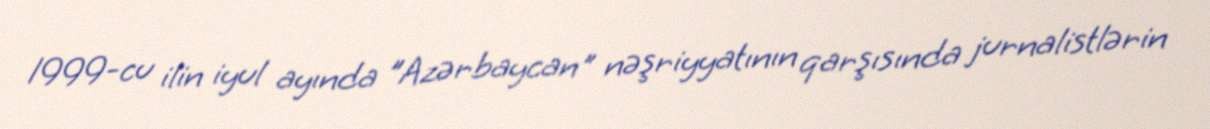
1999-cu ilin iyul ayında "Azərbaycan" nəşriyyatının qarşısında jurnalistlərin